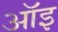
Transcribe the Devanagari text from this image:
ऑइ